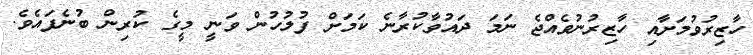
ހާޒިރުވުމަށާއި ހާޒިރުނުވެއްޖެ ނަމަ ދައުވާކުރާނެ ކަމަށް ފުލުހުން ވަނީ މީގެ ކުރިން ބުނެފައެވެ.